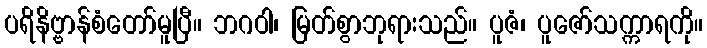
ပရိနိဗ္ဗာန်စံတော်မူပြီ။ ဘဂဝါ၊ မြတ်စွာဘုရားသည်။ ပူဇံ၊ ပူဇော်သက္ကာရကို။